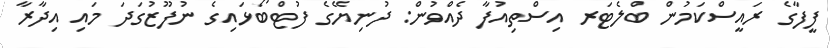
ފީފާގެ ރައީސްކަމުން ބްލެޓަރ އިސްތިއުފާ ދެއްވުން: ދުނިޔޭގެ ފުޓްބޯޅައިގެ ނުފޫޒުގަދަ މައި އިދާރާ